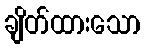
ချိတ်ထားသော